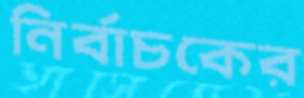
নির্বাচকের